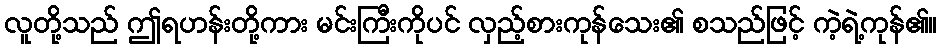
လူတို့သည် ဤရဟန်းတို့ကား မင်းကြီးကိုပင် လှည့်စားကုန်သေး၏ စသည်ဖြင့် ကဲ့ရဲ့ကုန်၏။